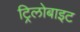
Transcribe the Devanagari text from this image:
ट्रिलोबाइट